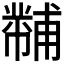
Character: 𪩾